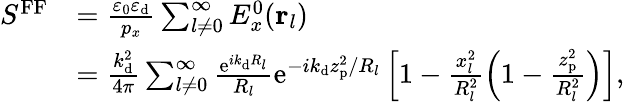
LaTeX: \begin{array}{rl}{S^{\mathrm{FF}}}&{=\frac{\varepsilon_{0}\varepsilon_{\mathrm{d}}}{p_{x}}\sum_{l\neq 0}^{\infty}E_{x}^{0}({\mathbf r}_{l})}\\ &{=\frac{k_{\mathrm{d}}^{2}}{4\pi}\sum_{l\neq 0}^{\infty}\frac{\mathrm{e}^{ik_{\mathrm{d}}R_{l}}}{R_{l}}\mathrm{e}^{-ik_{\mathrm{d}}z_{\mathrm{p}}^{2}/R_{l}}\left[1-\frac{x_{l}^{2}}{R_{l}^{2}}\left(1-\frac{z_{\mathrm{p}}^{2}}{R_{l}^{2}}\right)\right],}\end{array}